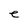
Character: e